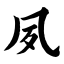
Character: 夙